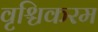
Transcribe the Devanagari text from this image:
वृश्चिकरम